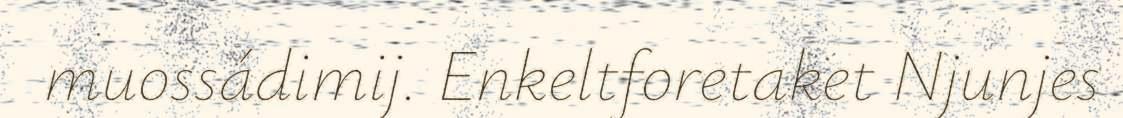
muossádimij. Enkeltforetaket Njunjes